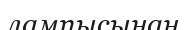
лампысынан